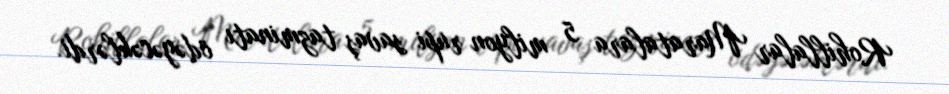
Rohillalar Maratalara 5 milyon rupi savaş tazminatı ödəyəcəklərdi.